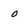
Character: 0